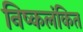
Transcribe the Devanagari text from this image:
निष्कलंकित